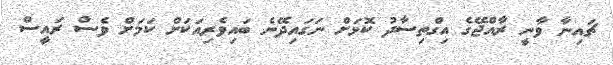
ޗައިނާ ވާނީ ރާއްޖޭގެ އިގްތިސާދު ކޮޅަށް ނަގައިދޭނެ ބައިވެރިއަކަށް ކަމަށް ވެސް ރައީސް